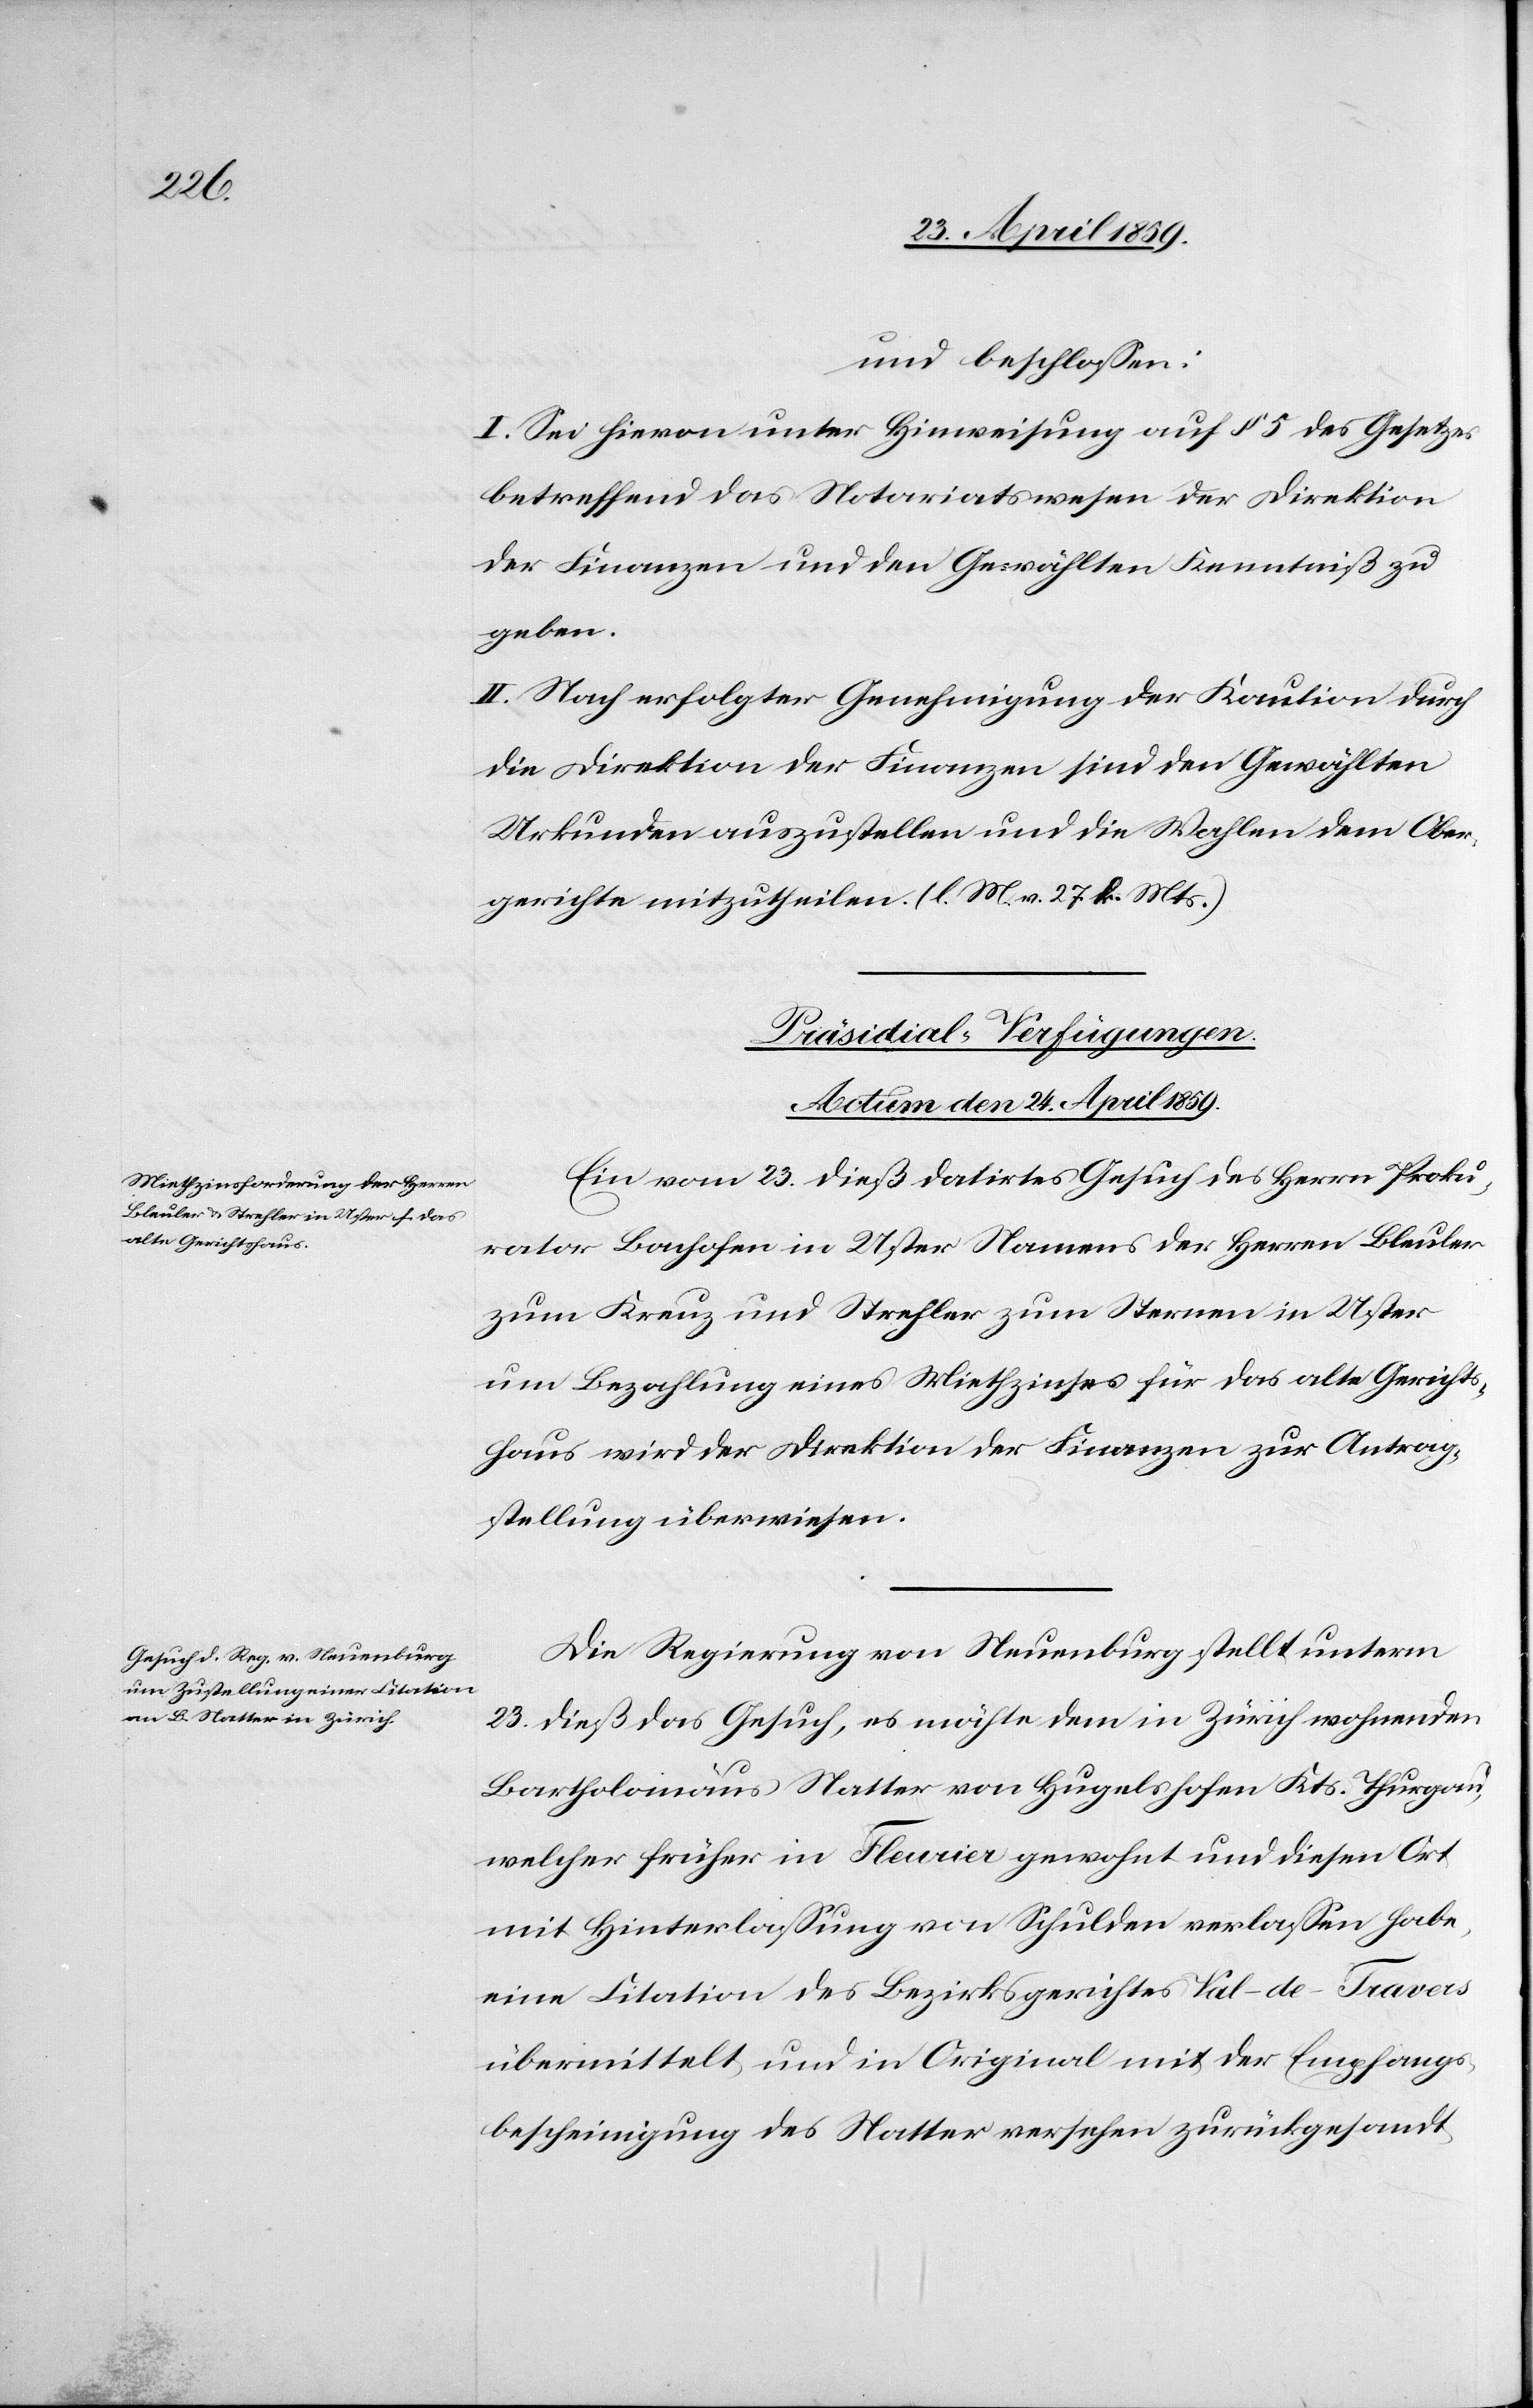
und beschloßen:
I. Sei hievon unter Hinweisung auf § 5 des Gesetzes
betreffend des Notariatswesen der Direktion
der Finanzen und den Gewählten Kenntniß zu
geben.
II. Nach erfolgter Genehmigung der Kaution durch
die Direktion der Finanzen sind den Gewählten
Urkunden auszustellen und die Wahlen dem Ober¬
gerichte mitzutheilen. (l. M. v. 27. k. Mts.)
[Präsidial-Verfügungen.
Actum den 24. April 1859.]
Ein vom 23. dieß datirtes Gesuch des Herrn Proku¬
rator Bachofen in Uster Namens der Herren Bleuler
zum Kranz und Strehler zum Sternen in Uster
um Bezahlung eines Miethzinses für das alte Gerichts¬
haus wird der Direktion der Finanzen zur Antrag¬
stellung überwiesen.
Die Regierung von Neuenburg stellt unterm
23. dieß das Gesuch, es möchte dem in Zürich wohnenden
Bartholomäus Natter von Hugelshofen Kts. Thurgau,
welcher früher in Fleurier gewohnt und diesen Ort
mit Hinterlaßung von Schulden verlaßen habe,
eine Citation des Bezirksgerichtes Val-de-Travers
übermittelt und in Original mit der Empfangs¬
bescheinigung des Natter versehen zurückgesandt